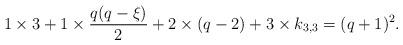
LaTeX: \begin{align*} & 1 \times 3 + 1 \times \frac{q(q-\xi)}{2} + 2 \times (q-2) + 3 \times k_{3,3} = (q+1)^2.\end{align*}